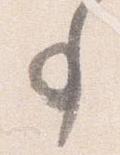
事